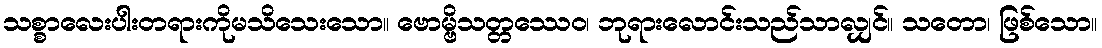
သစ္စာလေးပါးတရားကိုမသိသေးသော။ ဗောမ္ဗိသတ္တဿေဝ၊ ဘုရားလောင်းသည်သာလျှင်။ သတော၊ ဖြစ်သော။